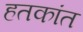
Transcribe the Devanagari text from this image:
हतकांत